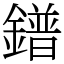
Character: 鐠